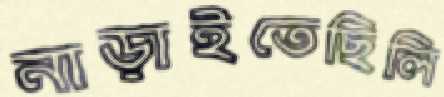
নাড়াইতেছিলি